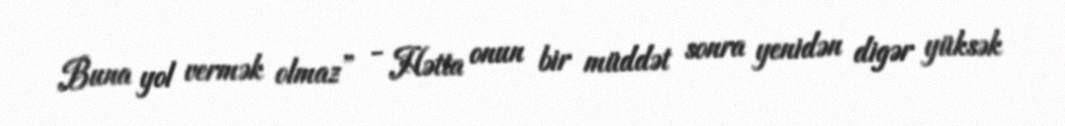
Buna yol vermək olmaz” - Hətta onun bir müddət sonra yenidən digər yüksək